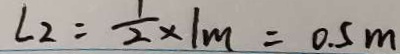
L _ { 2 } = \frac { 1 } { 2 } \times 1 m = 0 . 5 m